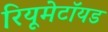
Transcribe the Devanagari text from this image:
रियूमेटॉयड